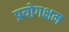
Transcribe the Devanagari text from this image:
प्रयोगक्षम